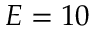
E = 1 0